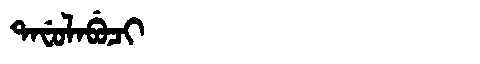
Manchu: ᡨᠠᠸᡠᠯᠠᠪᡠᠴᡳ
Romanization: TAFULABUCI